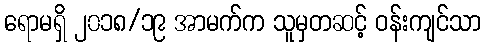
ရောမရှိ ၂၀၁၈/၁၉ အာမက်က သူမှတဆင့် ဝန်းကျင်သာ